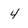
Character: 4